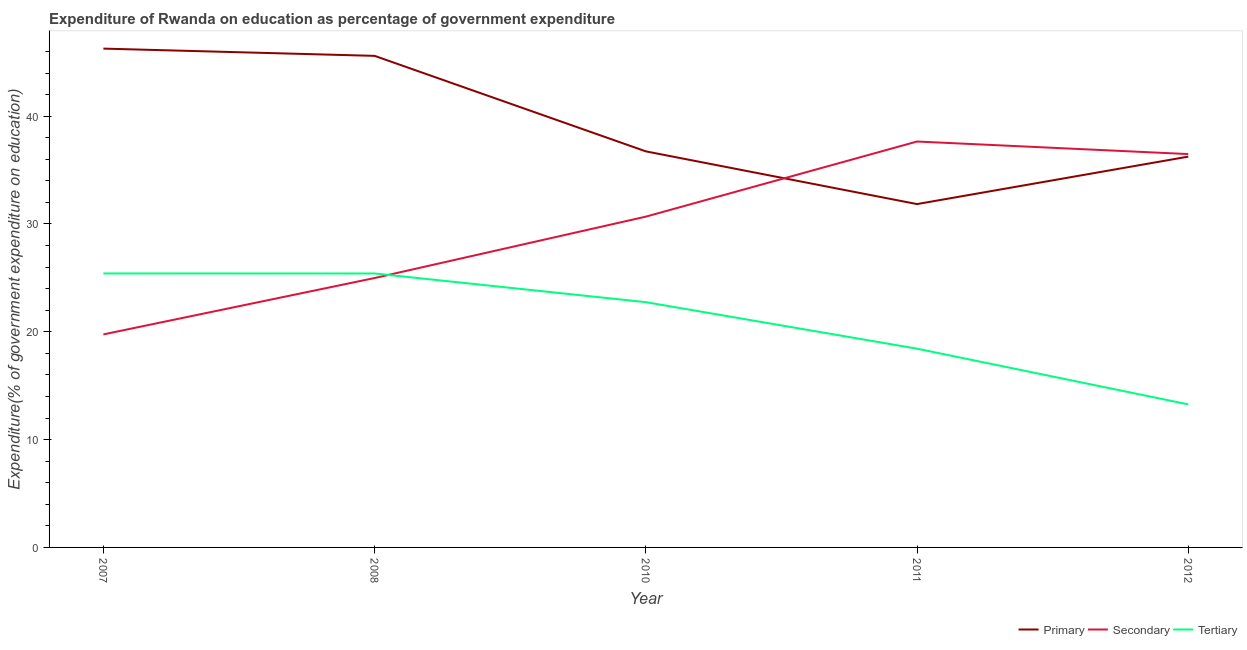
| Year | Primary | Secondary | Tertiary |
 | --- | --- | --- | --- |
 | 2007 | 46.3 | 19.8 | 25.4 |
 | 2008 | 45.6 | 25 | 25.4 |
 | 2010 | 36.7 | 30.7 | 22.7 |
 | 2011 | 31.8 | 37.6 | 18.4 |
 | 2012 | 36.2 | 36.5 | 13.3 |